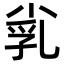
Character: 𡭾